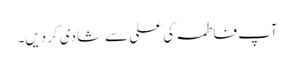
آپ فاطمہ کی علی سے شادی کردیں۔